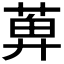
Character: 𬝕